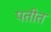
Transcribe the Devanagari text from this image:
पतीत